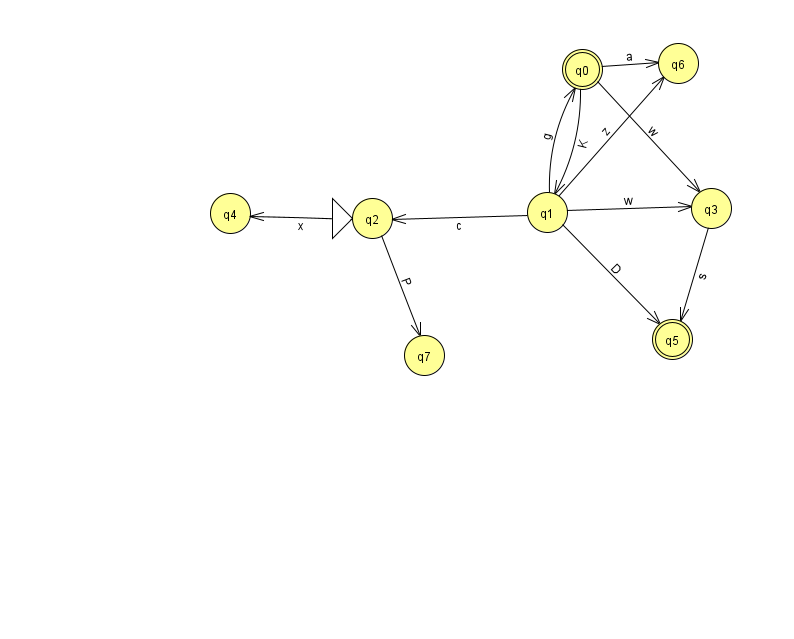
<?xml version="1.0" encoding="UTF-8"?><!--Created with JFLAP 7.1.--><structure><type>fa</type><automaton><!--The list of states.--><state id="0" name="q0"><x>582.0</x><y>56.0</y><final/></state><state id="1" name="q1"><x>547.0</x><y>199.0</y></state><state id="2" name="q2"><x>372.0</x><y>205.0</y><initial/></state><state id="3" name="q3"><x>711.0</x><y>195.0</y></state><state id="4" name="q4"><x>230.0</x><y>200.0</y></state><state id="5" name="q5"><x>672.0</x><y>326.0</y><final/></state><state id="6" name="q6"><x>678.0</x><y>50.0</y></state><state id="7" name="q7"><x>424.0</x><y>342.0</y></state><!--The list of transitions.--><transition><from>1</from><to>3</to><read>w</read></transition><transition><from>2</from><to>7</to><read>P</read></transition><transition><from>1</from><to>0</to><read>g</read></transition><transition><from>0</from><to>6</to><read>a</read></transition><transition><from>0</from><to>3</to><read>w</read></transition><transition><from>1</from><to>5</to><read>D</read></transition><transition><from>3</from><to>5</to><read>s</read></transition><transition><from>1</from><to>2</to><read>c</read></transition><transition><from>0</from><to>1</to><read>K</read></transition><transition><from>2</from><to>4</to><read>x</read></transition><transition><from>1</from><to>6</to><read>z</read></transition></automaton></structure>